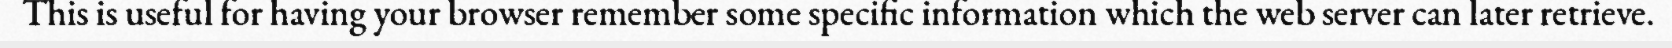
This is useful for having your browser remember some specific information which the web server can later retrieve.